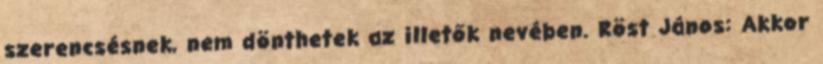
szerencsésnek, nem dönthetek az illetők nevében. Röst János: Akkor